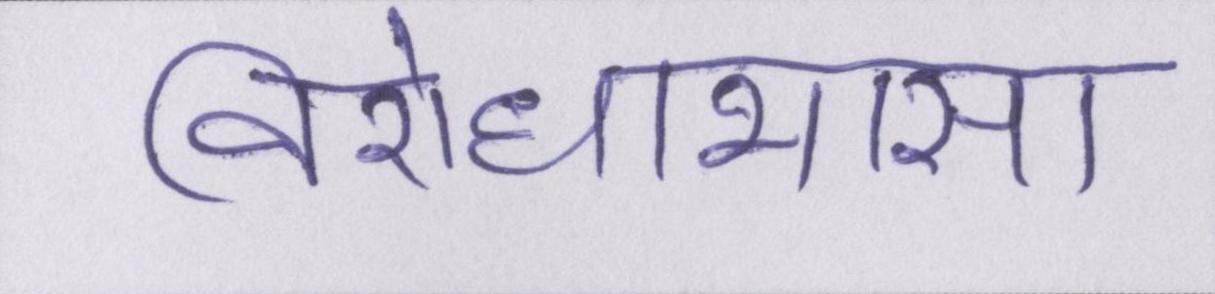
विरोधाभास।